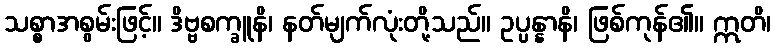
သစ္စာအစွမ်းဖြင့်။ ဒိဗ္ဗစက္ခူနိ၊ နတ်မျက်လုံးတို့သည်။ ဥပ္ပန္နာနိ၊ ဖြစ်ကုန်၏။ ဣတိ၊